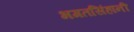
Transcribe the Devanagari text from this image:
भगतसिंहांनी